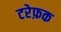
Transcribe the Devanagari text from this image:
टरेफ़क